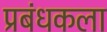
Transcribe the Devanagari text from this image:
प्रबंधकला